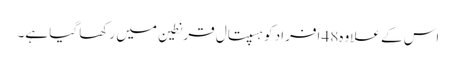
اس کے علاوہ48 اَفراد کو ہسپتال قرنطین میں رکھا گیا ہے۔